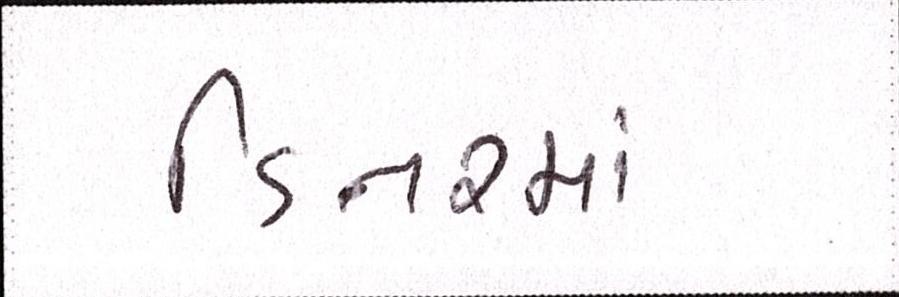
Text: ડિનરમાં